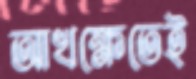
আখক্ষেতেই